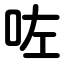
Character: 咗